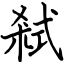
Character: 弒